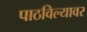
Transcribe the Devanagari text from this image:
पाठविल्यावर